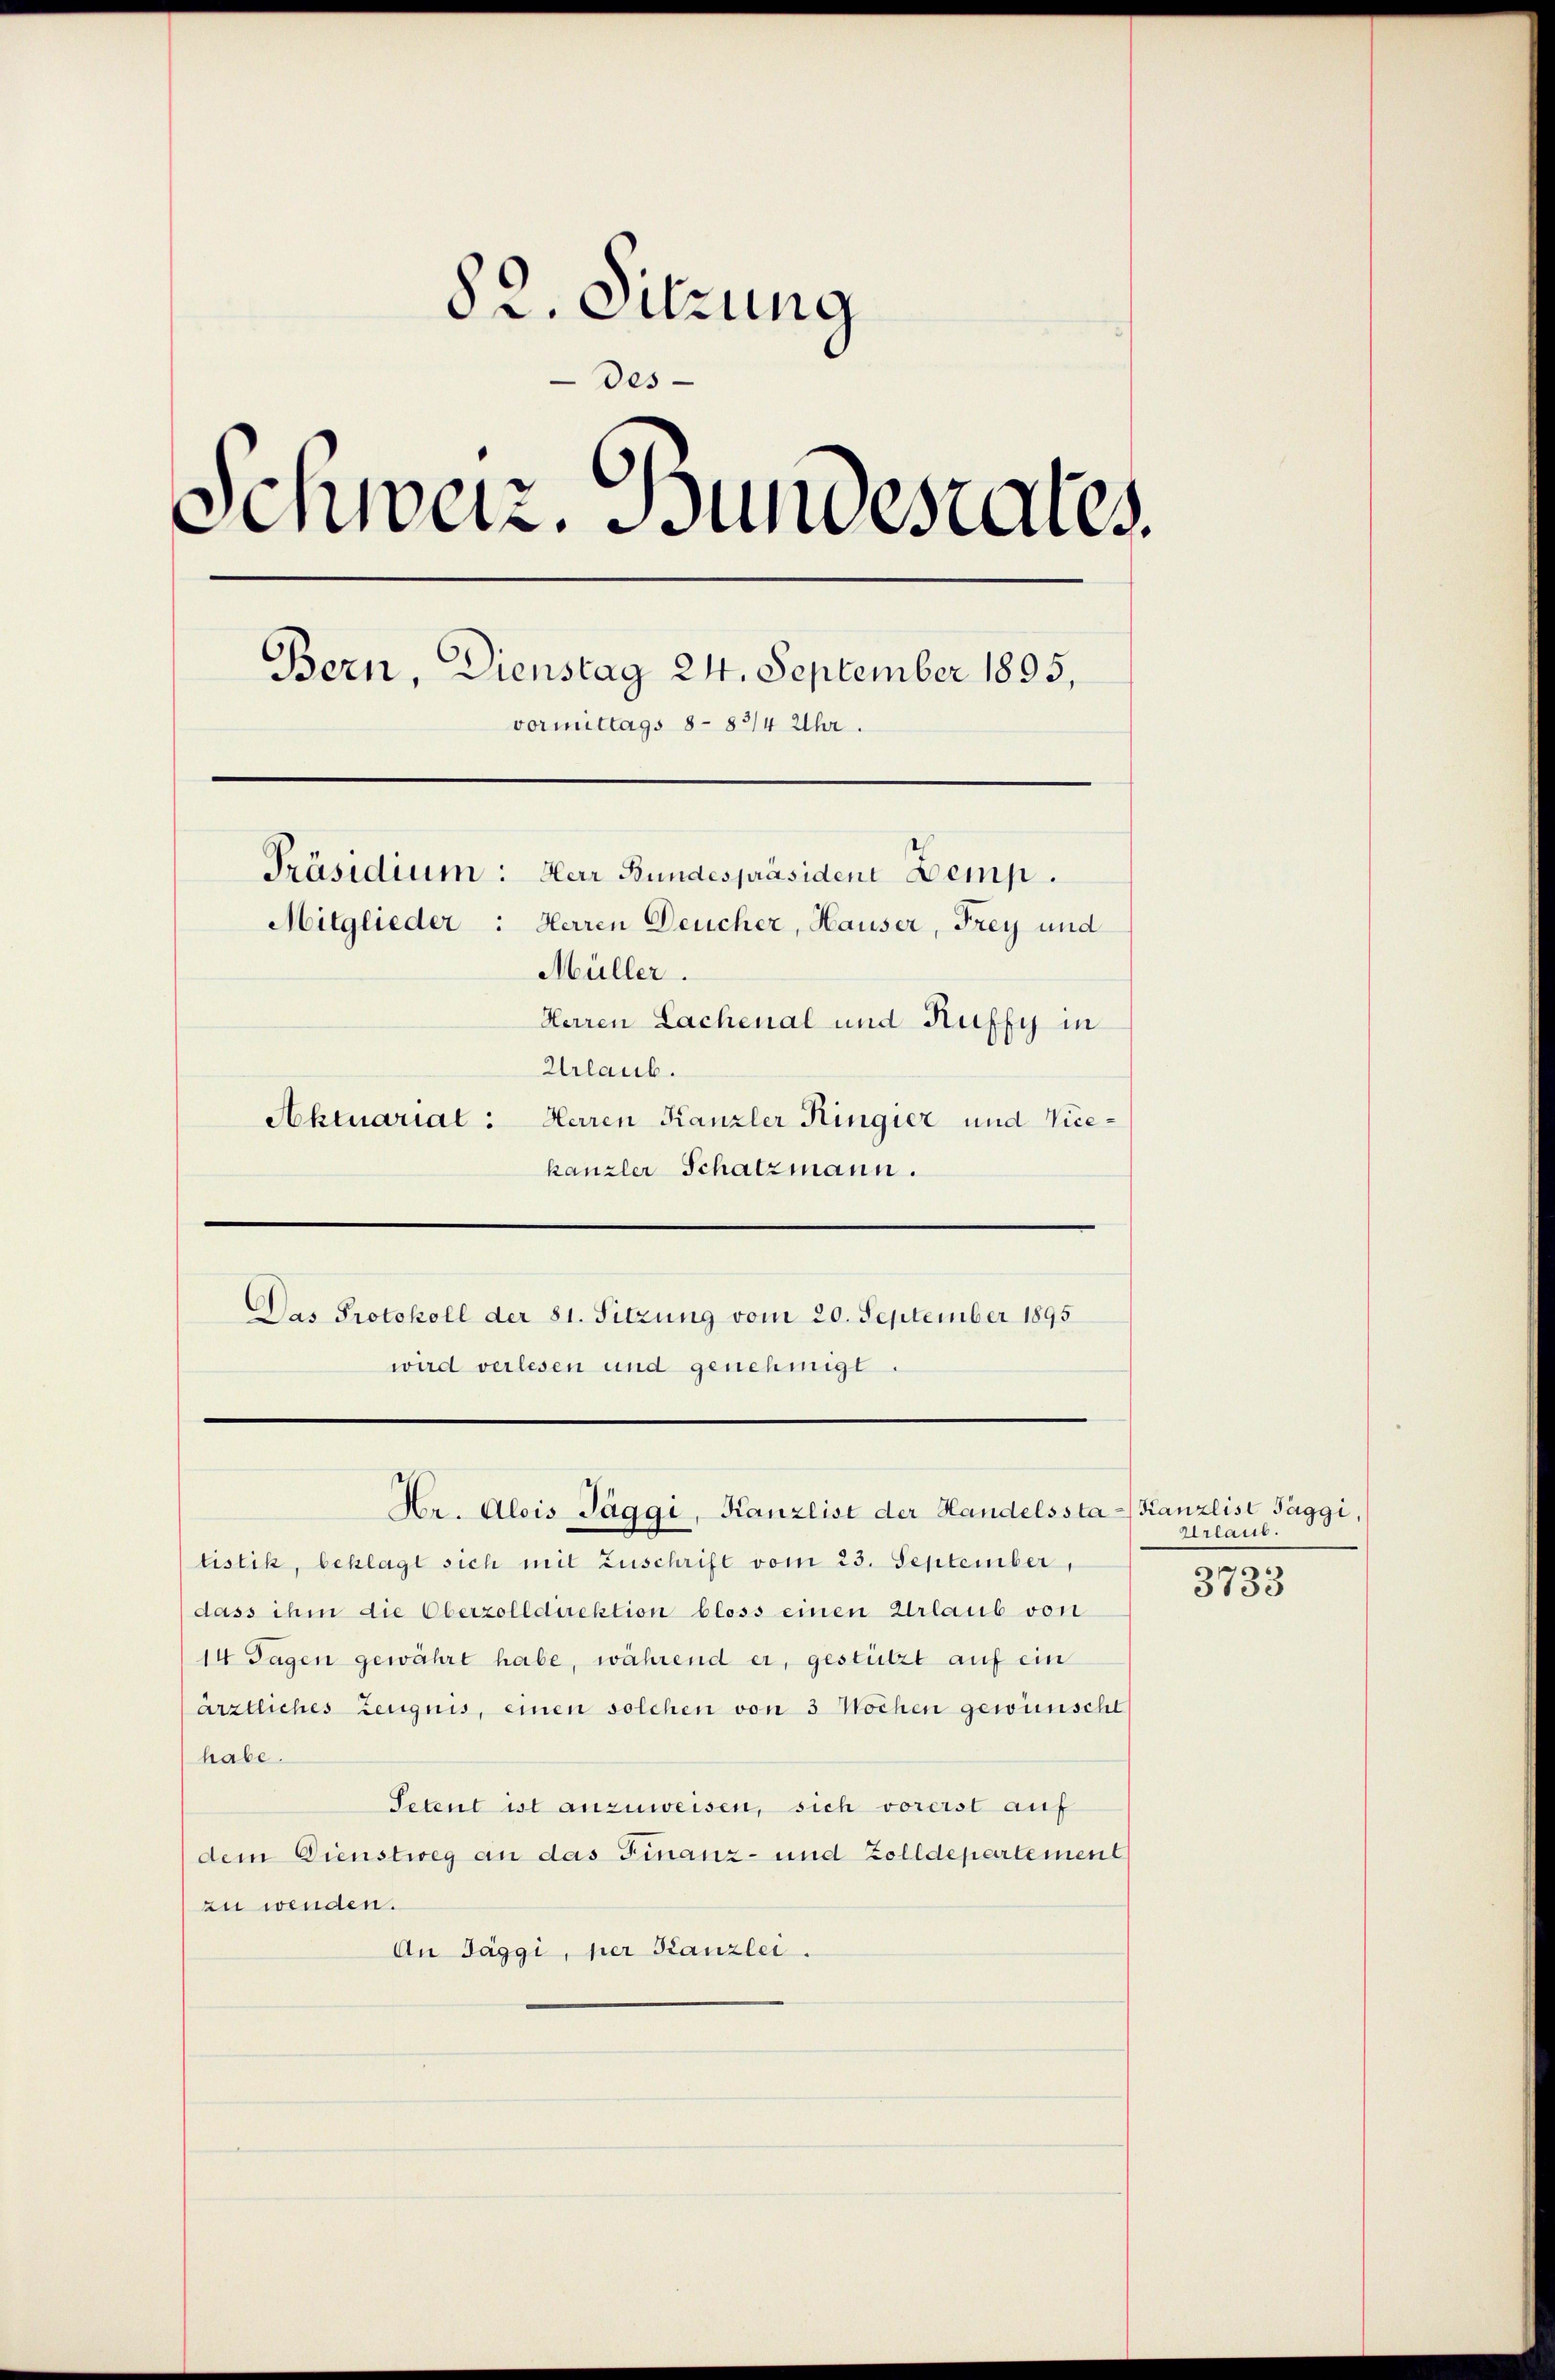
82. Sitzung
Des-
Schweiz. Bundesrates
Bern, Dienstag 24. September 1895,
vormittags 8 - 83/4 Uhr.
Präsidium: Herr Bundespräsident Demp.
Mitglieder: Herren Deucher, Hauser, Frey und
Müller.
Herren Lachenal und Ruffy in

Urlaub.
Aktuarial: Herren Kanzler Ringier und Vicekanzler Schatzmann.
Das Protokoll der 81. Sitzung vom 20. September 1895
wird verlesen und genehmigt.

Hr. Alois Taggi, Kanzlist der Handelssta-Kanzlist Taggi,

tistik, beklagt sich mit Zuschrift vom 23. September,
dass ihm die Oberzolldirektion bloss einen Urlaub von
14 Tagen gewährt habe, während er, gestützt auf ein
ärztliches Zeugnis, einen solchen von 3 Wochen gewünscht
habe.
Petent ist anzuweisen, sich vorerst auf
dem Dienstweg an das Finanz- und Zolldepartement
zu wenden.
An Jäggi, per Stanzlei.

Urlaub.
.
3733